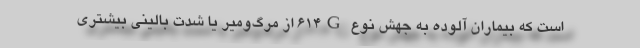
است که بیماران آلوده به جهش نوع ۶۱۴G از مرگ‌ومیر یا شدت بالینی بیشتری